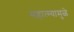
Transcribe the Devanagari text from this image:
महात्म्यामुळे